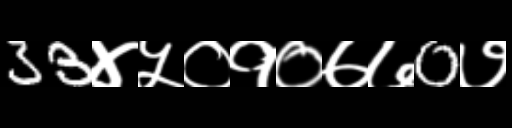
Text: 33४५०१०७७0७